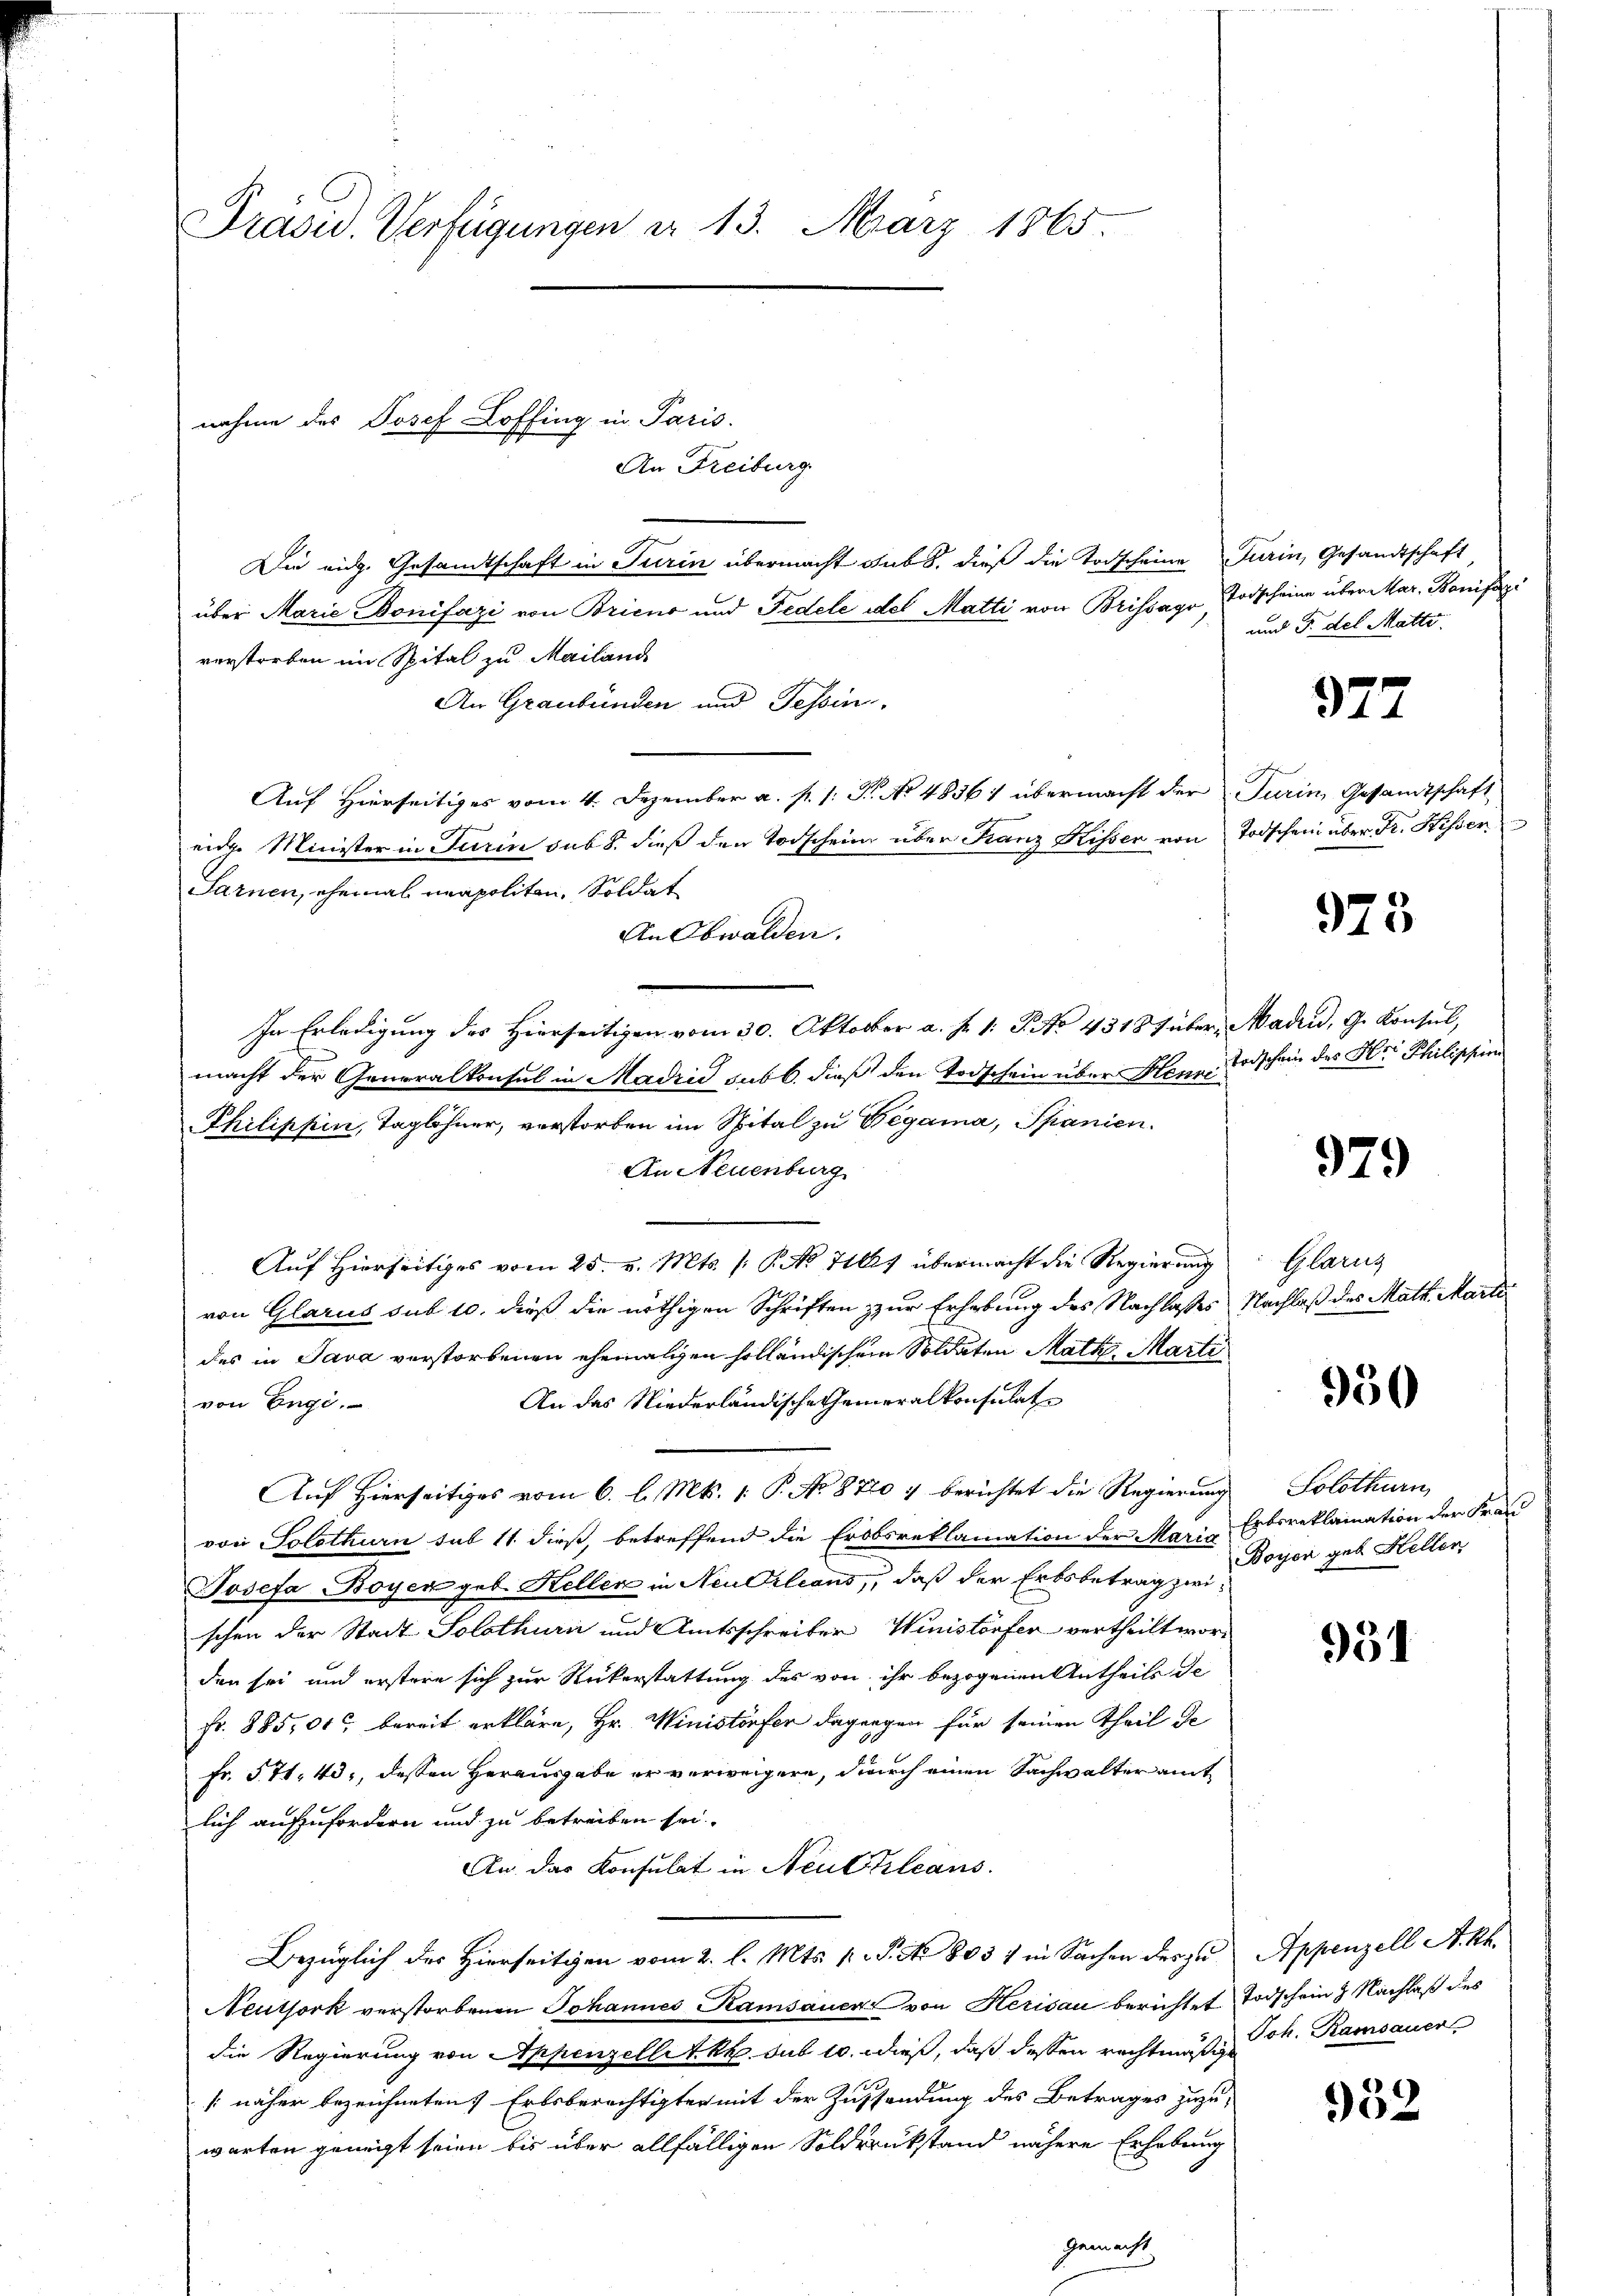
Präsid. Verfügungen d. 13. März 1865.

An Freiburg.
Die eidg. Gesandtschaft in Turin übermacht sub 8. dieß die Todscheine Turin, Gesandtschaft
über Marie Bonifazi von Bricus und Fedele des Matti von Brissage, Todscheine über Mar. Bonifazi
verstorben im Spital zu Mailand
An Graubünden und Tessin,
Auf Hierseitiges vom 4. Dezember a. p. 1. Fr. No 48361 übermacht der Turin Gesandtschaft
eide Minister in Turin sub 8. dieß der Todschein über Kanz Kisser von Todschein über Fr. Hier
Sarnen, ehemal neapoliten, Soldat
An Obwalden.
In Erledigung des Hierseitigen vom 30. Oktober a. f. 1: P. No 4318 f über, Madrid, G. Konsul,
macht der Generalkonsul in Madrid sub b. dieß den Todschein über Henn Todschein des Hr. Philischen
Philippen, Taglöhner, verstorben im Spital zu Begama, Spanien.
An Neuenburg
Auf Hierseitiges vom 25. v. Mts. (: P. Nr. 401 übermacht die Regierung
von Glarus sub 10. dieß die nöthigen Schriften zur Erhebung des Nachlasses Nachlaß des Math. Marti
des in Java verstorbenen ehemaligen holländischen Soldaten Math. Marti
An das Niederländische Generalkonsulate
von Engi.
Auf Hierseitiges vom 6. l. Mts. 1. P. No 8720 : berichtet die Regierung
von Solothurn sub 11. dieß, betreffend die Erobsreklamation der Marie Erbereklamation der Frau
Josefa-Boyen geb. Keller in Neubilians, daß der Erbsbetrag zwischen der Stadt Solothurn und Amtsschreiber Winistorfer vertheilt worden sei und erstere sich zur Rückerstattung des von ihr bezogenen Antheils de
Fr. 885,000 bereit erkläre, Hr. Ministorfer dagegen für seinen Theil de
Fr. 571. 40, dessen Herausgabe er verweigern, durch einen Sachwalteramt
lich aufzufordern und zu betreiben sei.
An das Konsulat in Neuchleans
Bezüglich des Hierseitigen vom 2. l. Mts. p. P. Nr. 803 / in Sachen der zu Appenzell A. kk.
Neuthork verstorbenen Johannes Kamsauer von Herisau berichtet Todschein Nachlaß des
die Regierung von Appenzellit. kk. sub 10. dieß, daß dessen rechtmus, Joh. Ramsauer
[näher bezeichneten Erbsberechtigter mit der Zustandung des Betrages zuzuwarten geneigt seien bis über allfälligen Soldsrükstand nähere Erhebung
gemacht.

nahme des Josef Loffing in Paris.

und T. del Matte.

372

973

979

Glarus

950

Solothurn
Boyen geb. Hellen

951

932